Annual report of the Prince of Wales Medical College, Patna
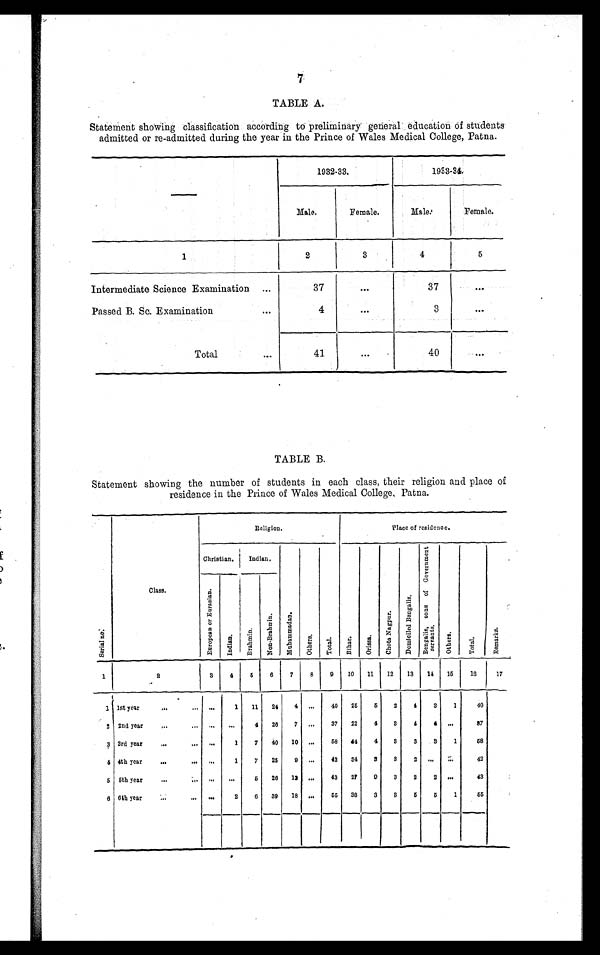
7
TABLE A.
Statement showing classification according to preliminary general education of students
admitted or re-admitted during the year in the Prince of Wales Medical College, Patna.
—
1932-33.
1933-34.
Male.
Female.
Male.
Female.
1
2
3
4
5
Intermediate Science Examination
...
37
...
37
. . .
Passed B. Sc. Examination
...
4
...
3
...
Total
. . .
41
...
40
...
TABLE B.
Statement showing the number of students in each class, their religion and place of
residence in the Prince of Wales Medical College, Patna.
S e r i a l n o .
Class.
Religion.
Place of residence.
Christian.
Indian.
M u h a m m a d a n .
O t h e r s .
T o t a l .
B i h a r .
O r i s s a .
C h o t a N a g p u r .
D o m i c i l e d B e n g a l i s .
B e n g a l i s , s o n s o f G o v e r n m e n t s e r v a n t s .
O t h e r s .
T o t a l ,
R e m a r k s ,
E u r o p e a n o r E u r a s i a n .
I n d i a n .
B r a h m i n .
N o n - B r a h m i n .
1
2
3
4
5
6
7
8
9
10
11
12
13
14
15
16
17
1 1st year
...
...
. . .
1
11
24
4 ...
40
25
5
2
4
3
1
40
2 2nd year
. . .
...
. . .
. . .
4
26
7
...
37
22
4
3
4
4 ...
37
3 3rd year
. . .
...
. . .
1
7
40
10
...
58
44
4
3
3
3
1
58
4 4th year
...
. . .
. . . 1
7
25
9 ...
42
34
3
3
2 ...
...
42
5 5th year
. . .
. . .
. . .
. . .
5
26
12 ...
43
27
9
3
2
2 ...
43
6 6th year
...
. . .
. . .
2
6
3 9
18
...
55
38
3
3
5
5
1
5 5